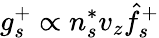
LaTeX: g_{s}^{+}\propto n_{s}^{*}v_{z}\hat{f}_{s}^{+}